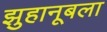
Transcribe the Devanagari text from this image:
झुहानूबला